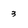
Character: 3